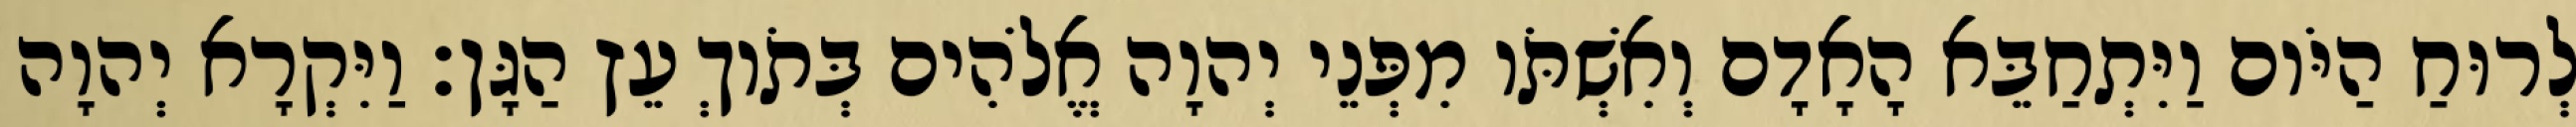
לְרוּחַ הַיֹּום וַיִּתְחַבֵּא הָאָדָם וְאִשְׁתֹּו מִפְּנֵי יְהוָה אֱלֹהִים בְּתֹוךְ עֵץ הַגָּן׃ וַיִּקְרָא יְהוָה